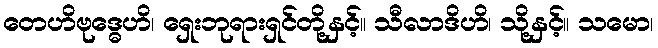
တေဟိဗုဒ္ဓေဟိ၊ ရှေးဘုရားရှင်တို့နှင့်။ သီလာဒိဟိ၊ သို့နှင့်။ သမော၊